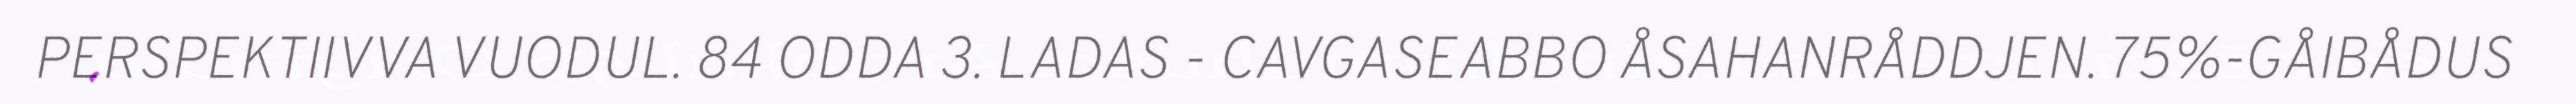
PERSPEKTIIVVA VUODUL. 84 ODDA 3. LADAS - CAVGASEABBO ÅSAHANRÅDDJEN. 75%-GÅIBÅDUS